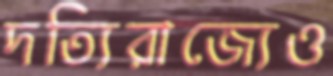
দত্যিরাজ্যেও